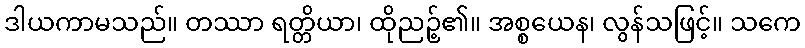
ဒါယကာမသည်။ တဿာ ရတ္တိယာ၊ ထိုညဉ့်၏။ အစ္စယေန၊ လွန်သဖြင့်။ သကေ